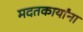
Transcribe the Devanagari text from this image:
मदतकार्यांना